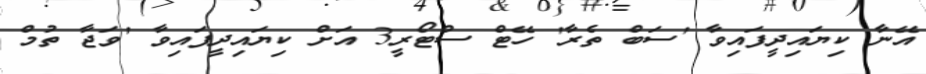
އޭނާ ކިޔައިދީފައިވާ 'ސަބް ތެރާ' ހޭޓް ސްޓޯރީ3 އަށް ކިޔައިދީފައިވާ 'ވަޖާ ތުމް